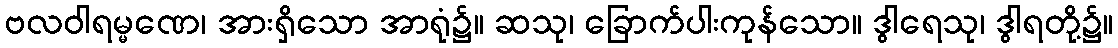
ဗလဝါရမ္မဏေ၊ အားရှိသော အာရုံ၌။ ဆသု၊ ခြောက်ပါးကုန်သော။ ဒွါရေသု၊ ဒွါရတို့၌။